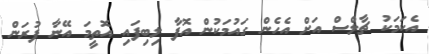
އެކަމަކު ޗާލްސް އަށް އެހެން ގައުމަކުން އޮފާ ލިބިފައި އޮތީމަ އޭނާ ފުރަން